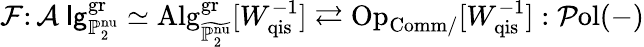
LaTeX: \mathcal{F}\colon\mathcal{A}\mathrm{\sf~lg}_{\mathbb{P}_{2}^{\mathrm{nu}}}^{\mathrm{gr}}\simeq\mathrm{Alg}_{{\widetilde{\mathbb{P}_{2}^{\mathrm{nu}}}}}^{\mathrm{gr}}[W_{\mathrm{qis}}^{-1}]\rightleftarrows\mathrm{Op}_{\mathrm{Comm}/}[W_{\mathrm{qis}}^{-1}]:\mathcal{P}\mathrm{ol}(-)